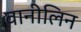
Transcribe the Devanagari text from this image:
वानीलिन